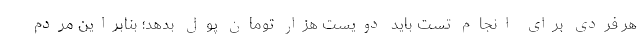
هر فردی برای انجام تست باید دویست هزار تومان پول بدهد؛ بنابراین مردم